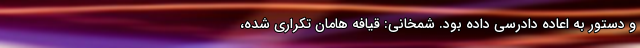
و دستور به اعاده دادرسی داده بود. شمخانی: قیافه هامان تکراری شده،